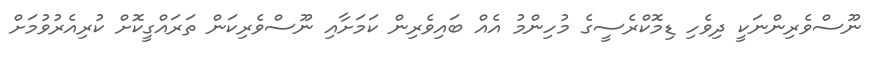
ނޫސްވެރިންނަކީ ދިވެހި ޑިމޮކްރެސީގެ މުހިންމު އެއް ބައިވެރިން ކަމަށާއި ނޫސްވެރިކަން ތަރައްގީކޮށް ކުރިއެރުވުމަށް